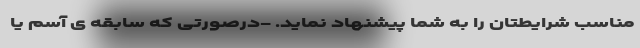
مناسب شرایطتان را به شما پیشنهاد نماید. -درصورتی که سابقه ی آسم یا